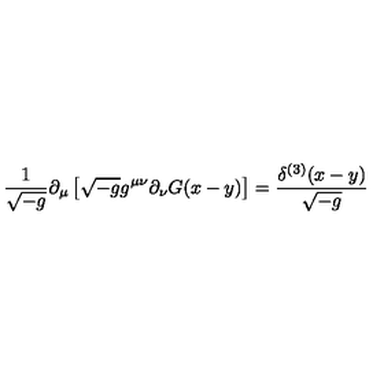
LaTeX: { \frac { 1 } { \sqrt { - g } } } \partial _ { \mu } \left[ \sqrt { - g } g ^ { \mu \nu } \partial _ { \nu } G ( x - y ) \right] = { \frac { \delta ^ { ( 3 ) } ( x - y ) } { \sqrt { - g } } } \,